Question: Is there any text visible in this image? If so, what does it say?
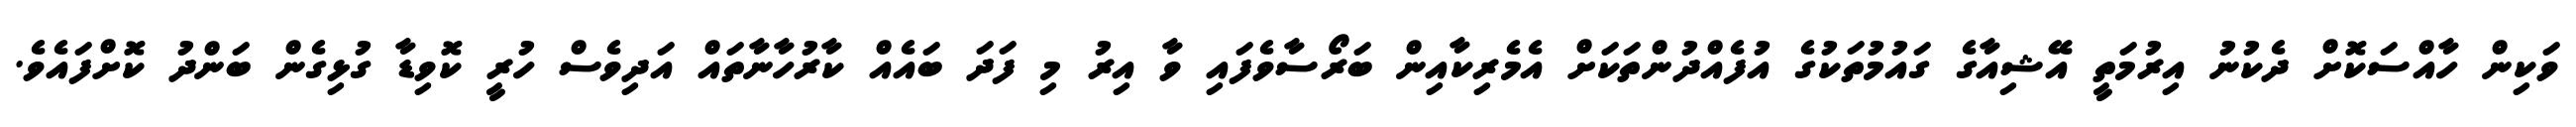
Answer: ވަކިން ހާއްސަކޮށް ދެކުނު އިރުމަތީ އޭޝިއާގެ ގައުމުތަކުގެ އުފެއްދުންތަކަށް އެމެރިކާއިން ބަރޯސާވެފައި ވާ އިރު މި ފަދަ ބައެއް ކާރުހާނާތައް އަދިވެސް ހުރީ ކޮވިޑާ ގުޅިގެން ބަންދު ކޮށްފައެވެ.